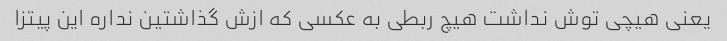
یعنی هیچی توش نداشت هیچ ربطی به عکسی که ازش گذاشتین نداره این پیتزا